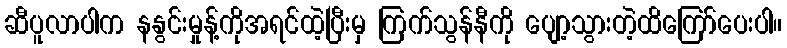
ဆီပူလာပါက နနွင်းမှုန့်ကိုအရင်ထဲ့ပြီးမှ ကြက်သွန်နီကို ပျော့သွားတဲ့ထိကြော်ပေးပါ။